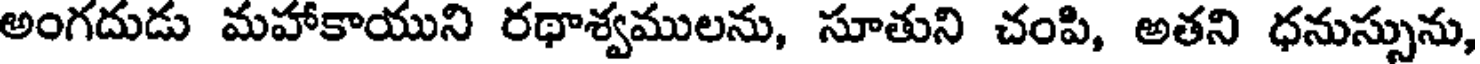
అంగదుడు మహాకాయుని రథాశ్వములను, సూతుని చంపి, అతని ధనుస్సును,